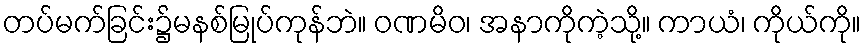
တပ်မက်ခြင်း၌မနစ်မြုပ်ကုန်ဘဲ။ ဝဏမိဝ၊ အနာကိုကဲ့သို့။ ကာယံ၊ ကိုယ်ကို။